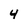
Character: 4